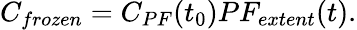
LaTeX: \begin{array}{r}{C_{frozen}=C_{PF}(t_{0})PF_{extent}(t).}\end{array}